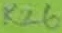
Text: R26